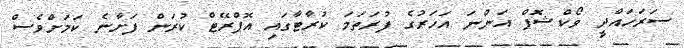
ސަރަހައްދީ ވޯކްޝޮޕް އަންނަ އަހަރުގެ ފުރަތަމަ ކުރާޓާގައި އޮޕްރޭޓް ކުރަން ފަށާނެ ކަމަށްވެސް